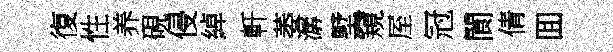
復性养硯侵綽軒萎潺墅窺厔冠閬倩囬